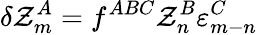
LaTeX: \delta{\cal Z}_{m}^{A}=f^{ABC}{\cal Z}_{n}^{B}\varepsilon_{m-n}^{C}